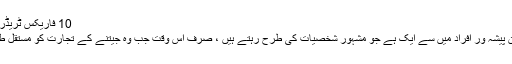
10 فاریکس ٹریڈر - ،000 85،000
ایک فاریکس تاجر ان پیشہ ور افراد میں سے ایک ہے جو مشہور شخصیات کی طرح رہتے ہیں ، صرف اس وقت جب وہ جیتنے کے تجارت کو مستقل طور پر بنا رہے ہوں۔